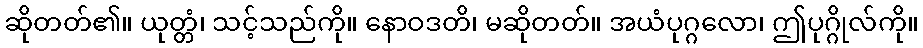
ဆိုတတ်၏။ ယုတ္တံ၊ သင့်သည်ကို။ နောဝဒတိ၊ မဆိုတတ်။ အယံပုဂ္ဂလော၊ ဤပုဂ္ဂိုလ်ကို။